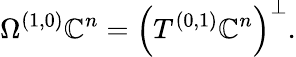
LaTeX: \Omega^{(1,0)}\mathbb{C}^{n}=\left(T^{(0,1)}\mathbb{C}^{n}\right)^{\bot}.